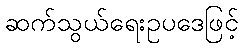
ဆက်သွယ်ရေးဥပဒေဖြင့်